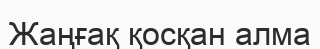
Жаңғақ қосқан алма